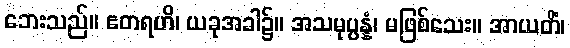
ဘေးသည်။ ဧတရဟိ၊ ယခုအခါ၌။ အသမုပ္ပန္နံ၊ မဖြစ်သေး။ အာယတိံ၊